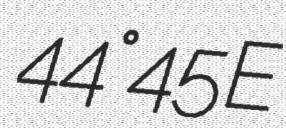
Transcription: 44°45′E